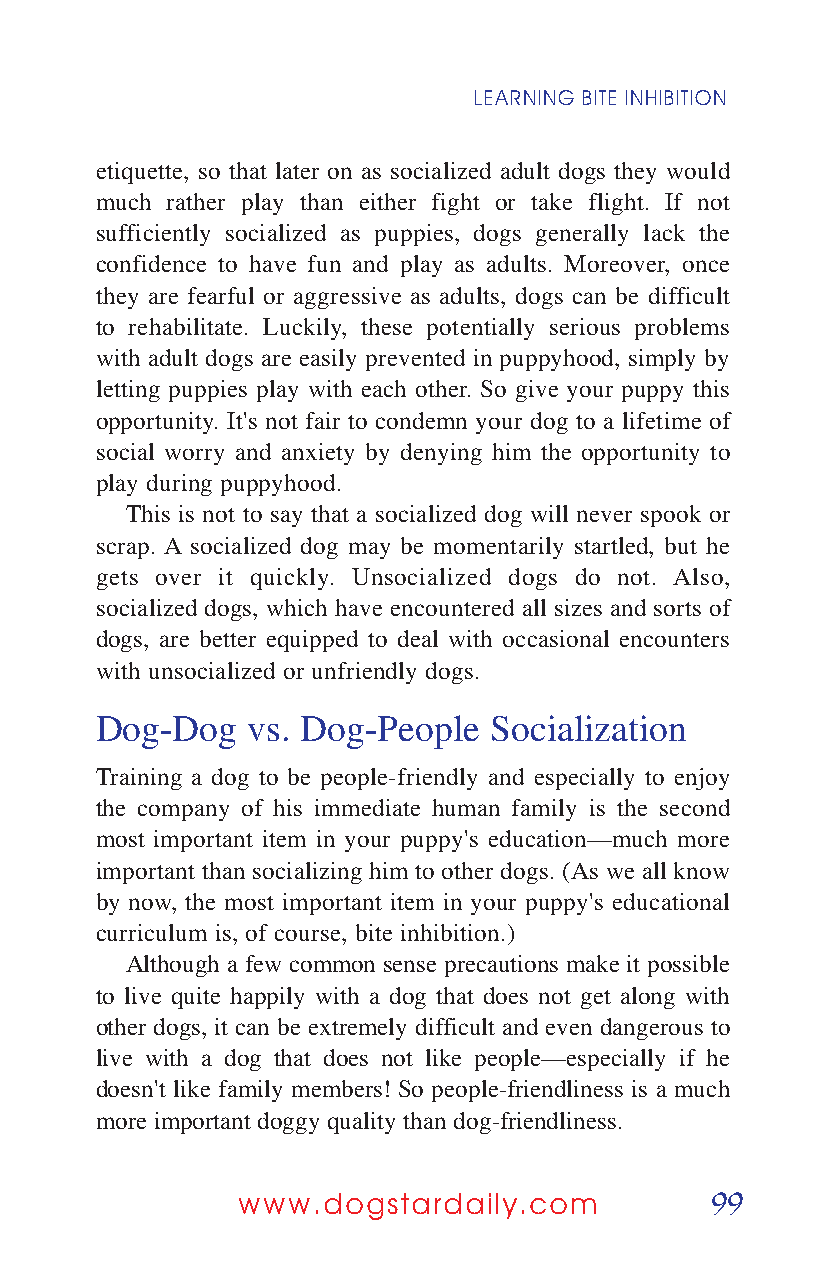
LEARNING BITE INHIBITION
 etiquette, so that later on as socialized adult dogs they would
 much rather play than either fight or take flight. If not
 sufficiently socialized as puppies, dogs generally lack the
 confidence to have fun and play as adults. Moreover, once
 they are fearful or aggressive as adults, dogs can be difficult
 to rehabilitate. Luckily, these potentially serious problems
 with adult dogs are easily prevented in puppyhood, simply by
 letting puppies play with each other. So give your puppy this
 opportunity. It's not fair to condemn your dog to a lifetime of
 social worry and anxiety by denying him the opportunity to
 play during puppyhood.
 This is not to say that a socialized dog will never spook or
 scrap. A socialized dog may be momentarily startled, but he
 gets over it quickly. Unsocialized dogs do not. Also,
 socialized dogs, which have encountered all sizes and sorts of
 dogs, are better equipped to deal with occasional encounters
 with unsocialized or unfriendly dogs.
 Dog-Dog   vs. Dog-People  Socialization
 Training a dog to be people-friendly and especially to enjoy
 the company of his immediate human family is the second
 most important item in your puppy's education—much more
 important than socializing him to other dogs. (As we all know
 by now, the most important item in your puppy's educational
 curriculum is, of course, bite inhibition.)
 Although a few common sense precautions make it possible
 to live quite happily with a dog that does not get along with
 other dogs, it can be extremely difficult and even dangerous to
 live with a dog that does not like people—especially if he
 doesn't like family members! So people-friendliness is a much
 more important doggy quality than dog-friendliness.
 99
 www.dogstardaily.com